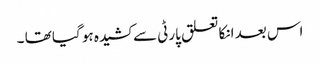
اس بعد انکا تعلق پارٹی سے کشیدہ ہو گیا تھا ۔